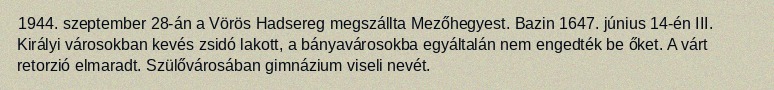
1944. szeptember 28-án a Vörös Hadsereg megszállta Mezőhegyest. Bazin 1647. június 14-én III. Királyi városokban kevés zsidó lakott, a bányavárosokba egyáltalán nem engedték be őket. A várt retorzió elmaradt. Szülővárosában gimnázium viseli nevét.